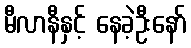
မီလာနီနှင့် နေခဲ့ဦးနော်